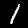
Label: 1